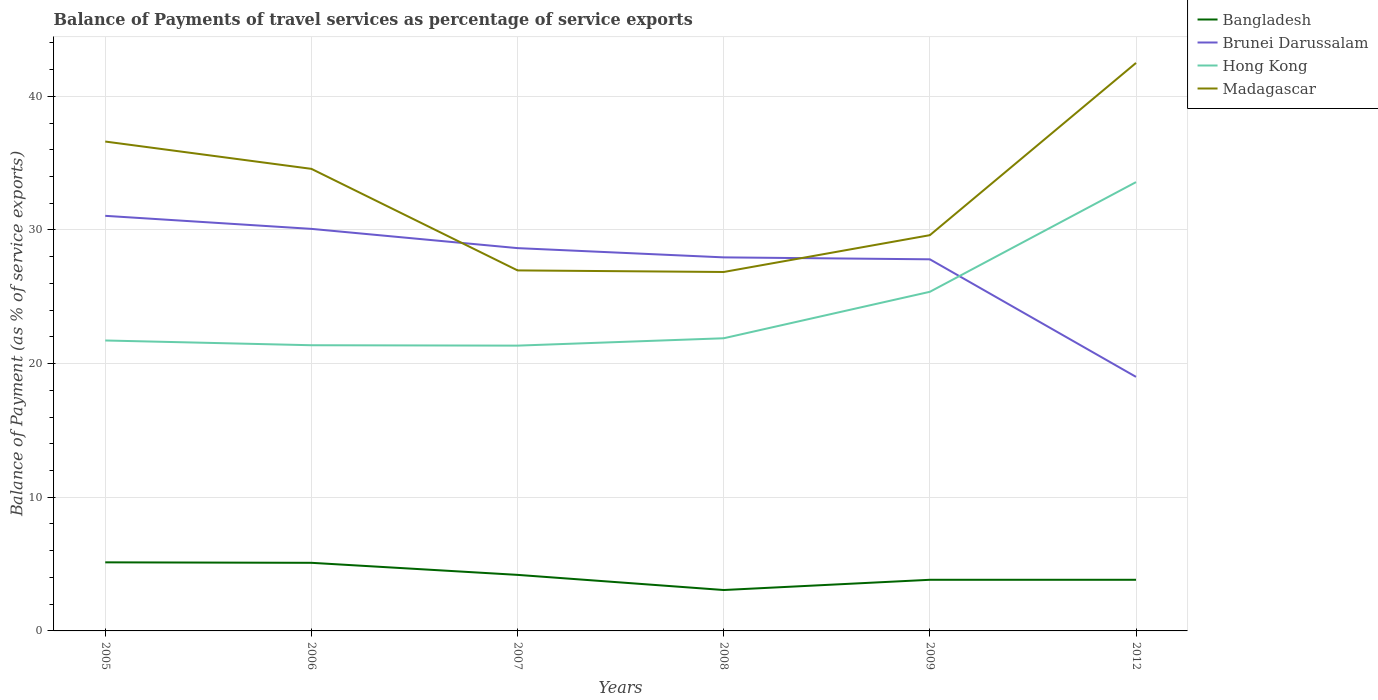
| Years | Bangladesh | Brunei Darussalam | Hong Kong | Madagascar |
 | --- | --- | --- | --- | --- |
 | 2005 | 5.13 | 31.1 | 21.7 | 36.6 |
 | 2006 | 5.1 | 30.1 | 21.4 | 34.6 |
 | 2007 | 4.19 | 28.6 | 21.3 | 27 |
 | 2008 | 3.06 | 27.9 | 21.9 | 26.9 |
 | 2009 | 3.83 | 27.8 | 25.4 | 29.6 |
 | 2012 | 3.83 | 19 | 33.6 | 42.5 |